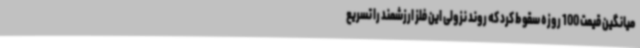
میانگین قیمت 100 روزه سقوط کرد که روند نزولی این فلز ارزشمند را تسریع